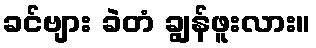
ခင်ဗျား ခဲတံ ချွန်ဖူးလား။